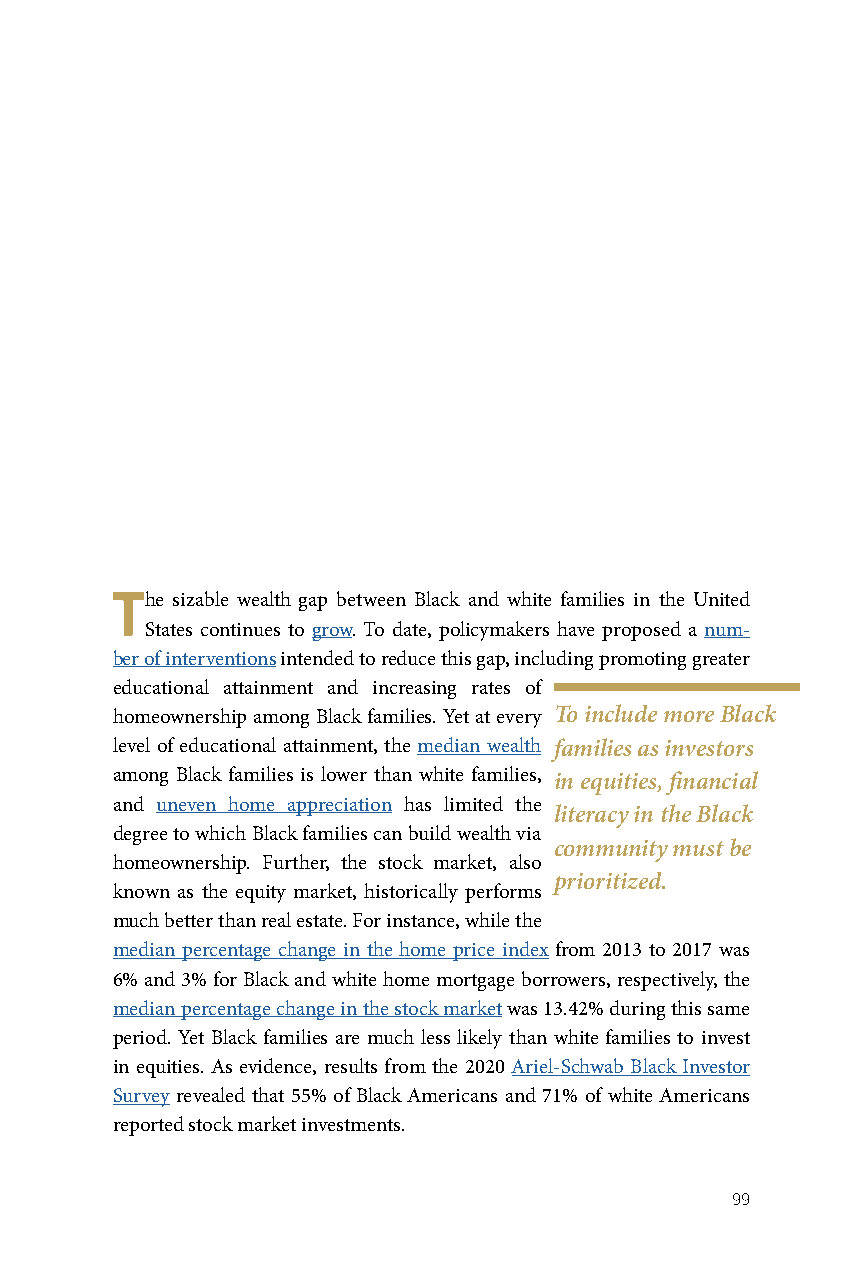
The sizable wealth gap between Black and white families in the United
 States continues to grow. To date, policymakers have proposed a num-
 ber of interventions intended to reduce this gap, including promoting greater
 educational attainment and increasing rates of
 homeownership among Black families. Yet at every To include more Black
 level of educational attainment, the median wealth families as investors
 among Black families is lower than white families, in equities, financial
 and uneven home appreciation has limited the
 literacy in the Black
 degree to which Black families can build wealth via
 community must be
 homeownership. Further, the stock market, also
 prioritized.
 known as the equity market, historically performs
 much better than real estate. For instance, while the
 median percentage change in the home price index from 2013 to 2017 was
 6% and 3% for Black and white home mortgage borrowers, respectively, the
 median percentage change in the stock market was 13.42% during this same
 period. Yet Black families are much less likely than white families to invest
 in equities. As evidence, results from the 2020 Ariel-Schwab Black Investor
 Survey revealed that 55% of Black Americans and 71% of white Americans
 reported stock market investments.
 99